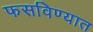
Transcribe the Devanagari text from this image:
फसविण्यात